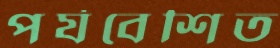
পর্যবেশিত